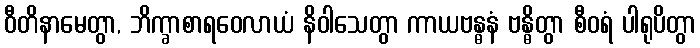
ဝီတိနာမေတွာ, ဘိက္ခာစာရဝေလာယံ နိဝါသေတွာ ကာယဗန္ဓနံ ဗန္ဓိတွာ စီဝရံ ပါရုပိတွာ